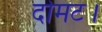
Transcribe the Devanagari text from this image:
दोमट।